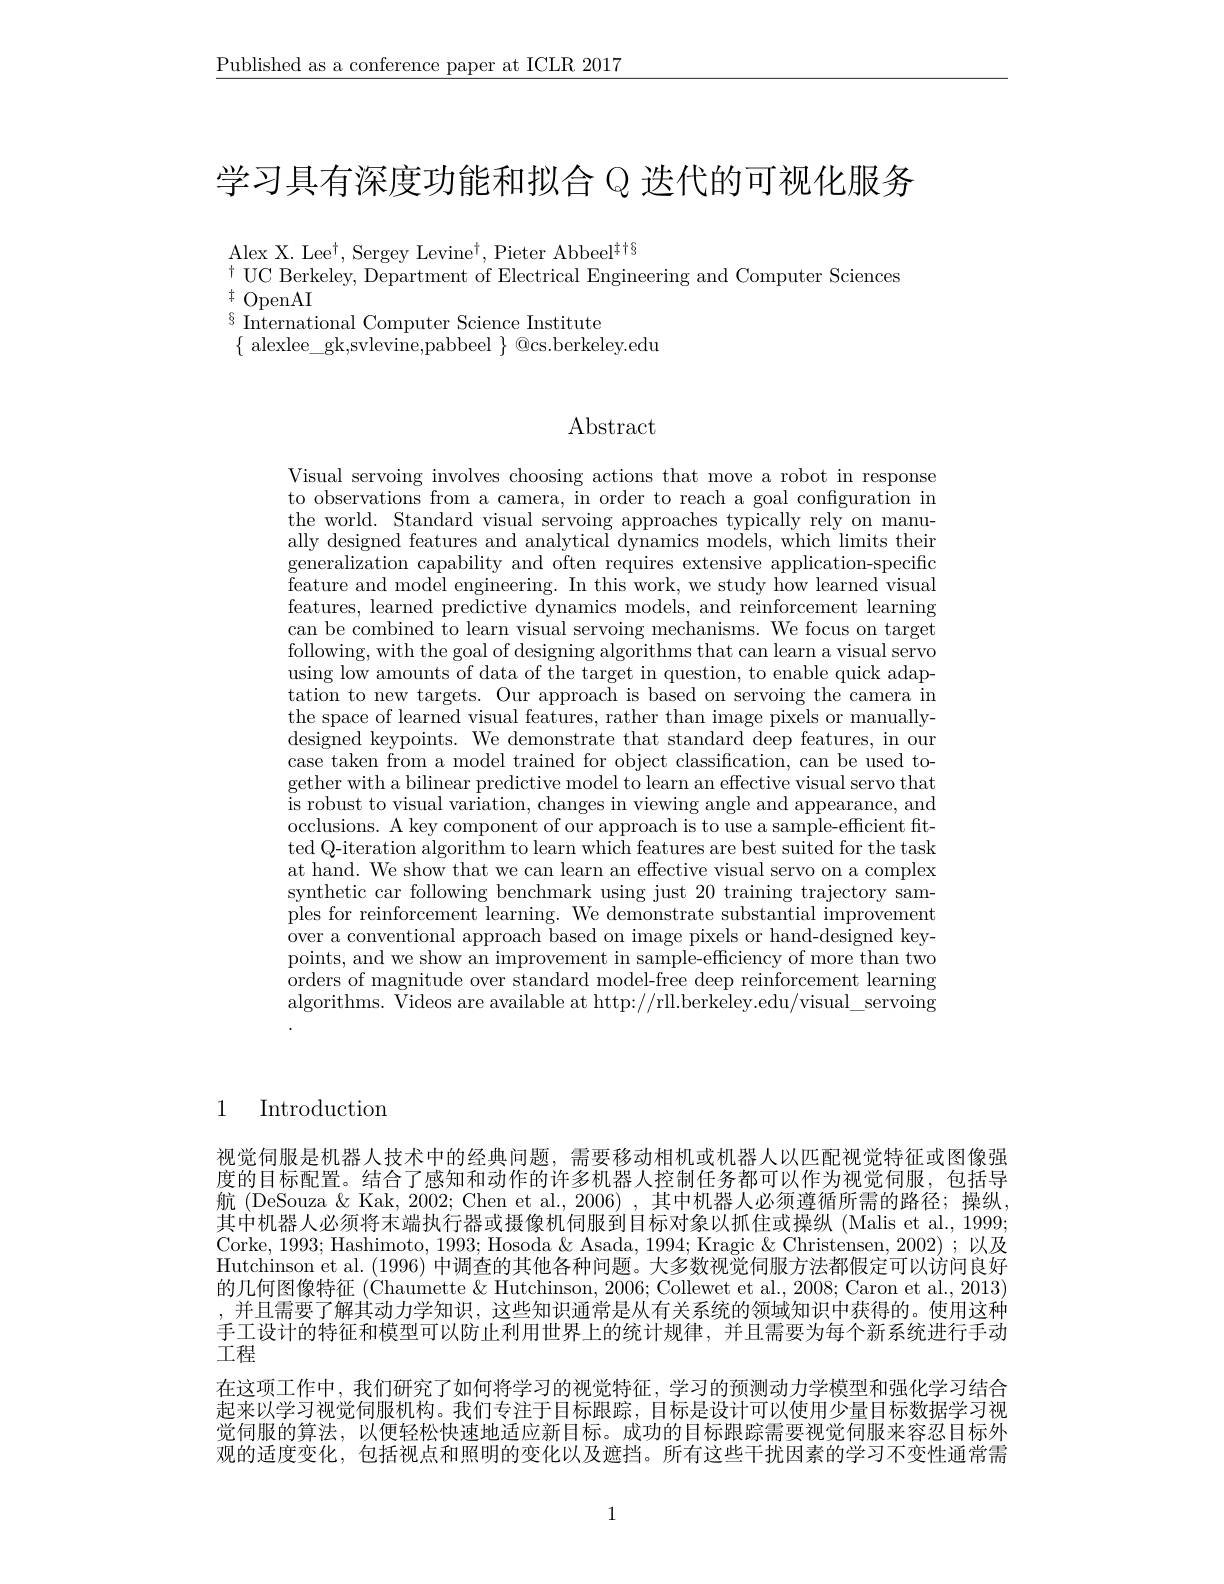
$\underline{\text{Published as a conference paper at ICLR 2017}}$

学习具有深度功能和拟合 Q 迭代的可视化服务

Alex X. Lee$^\dagger$, Sergey Levine$^\dagger$, Pieter Abbeel$^\dagger\dagger\S$
$^{\dagger}$UC Berkeley, Department of Electrical Engineering and Computer Sciences
$\stackrel{+}{\operatorname*{\operatorname*{\operatorname*{\sim}}}}$OpenAI

$\operatorname*{lim}_{\text{International Computer Science Institute}}$
$\{$ alexlee\_gk,svlevine,pabbeel $\}$ @cs.berkeley.edu

Abstract

Visual servoing involves choosing actions that move a robot in response to observations from a camera, in order to reach a goal configuration in the world. Standard visual servoing approaches typically rely on manually designed features and analytical dynamics models, which limits their generalization capability and often requires extensive application-specific $\tilde{\text{feature and model engineering. In this work, we study how learned visual}}$ features, learned predictive dynamics models, and reinforcement learning can be combined to learn visual servoing mechanisms. We focus on target following, with the goal of designing algorithms that can learn a visual servo using low amounts of data of the target in question, to enable quick adaptation to new targets. Our approach is based on servoing the camera in the space of learned visual features, rather than image pixels or manuallydesigned keypoints. We demonstrate that standard deep features, in our case taken from a model trained for object classification, can be used together with a bilinear predictive model to learn an effective visual servo that is robust to visual variation, changes in viewing angle and appearance, and occlusions. A key component of our approach is to use a sample-efficient fitted Q-iteration algorithm to learn which features are best suited for the task at hand. We show that we can learn an effective visual servo on a complex synthetic car following benchmark using just 20 training trajectory samples for reinforcement learning. We demonstrate substantial improvement over a conventional approach based on image pixels or hand-designed keypoints, and we show an improvement in sample-efficiency of more than two orders of magnitude over standard model-free deep reinforcement learning algorithms. $\bar{\text{Videos are available at http:}}//\bar{\text{rll.berkeley.edu/visual\_servoing}}$

# 1 Introduction

视觉伺服是机器人技术中的经典问题，需要移动相机或机器人以匹配视觉特征或图像强度的目标配置。结合了感知和动作的许多机器人控制任务都可以作为视觉伺服，包括导航 (DeSouza & Kak, 2002; Chen et al., 2006),其中机器人必须遵循所需的路径；操纵其中机器人必须将末端执行器或摄像机伺服到目标对象以抓住或操纵(Malis et al., 1999; Corke, 1993; Hashimoto, 1993; Hosoda & Asada, 1994; Kragic & Christensen, 2002) ; 以及Hutchinson et al. (1996)中调查的其他各种问题。大多数视觉伺服方法都假定可以访问良好的几何图像特征 (Chaumette & Hutchinson, 2006; Collewet et al., 2008; Caron et al., 2013) ,并且需要了解其动力学知识，这些知识通常是从有关系统的领域知识中获得的。使用这种手工设计的特征和模型可以防止利用世界上的统计规律，并且需要为每个新系统进行手动工程
在这项工作中，我们研究了如何将学习的视觉特征，学习的预测动力学模型和强化学习结合起来以学习视觉伺服机构。我们专注于目标跟踪，目标是设计可以使用少量目标数据学习视觉伺服的算法，以便轻松快速地适应新目标。成功的目标跟踪需要视觉伺服来容忍目标外观的适度变化，包括视点和照明的变化以及遮挡。所有这些干扰因素的学习不变性通常需

1